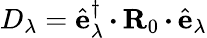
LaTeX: D_{\lambda}=\hat{\mathbf{e}}_{\lambda}^{\dagger}\, {\boldsymbol{\cdot}}\, {\mathbf{R}}_{0}\, {\boldsymbol{\cdot}}\, \hat{\mathbf{e}}_{\lambda}